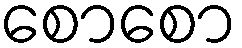
စောစော